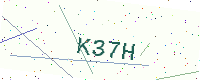
Text: K37H